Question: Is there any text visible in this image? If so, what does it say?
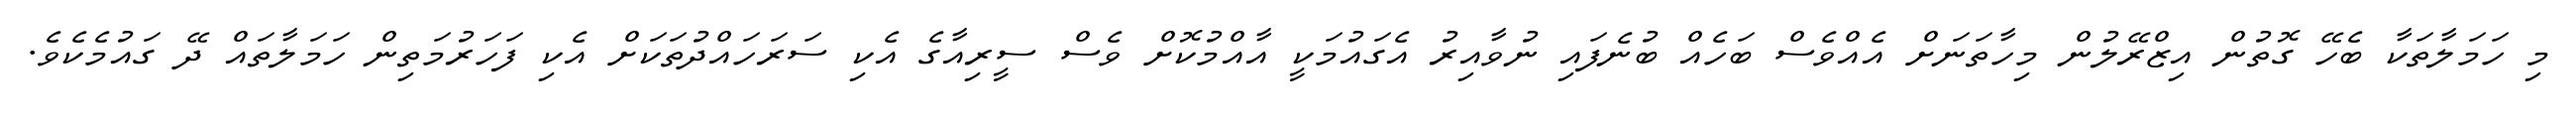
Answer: މި ހަމަލާތަކާ ބެހޭ ގޮތުން އިޒްރޭލުން މިހާތަނަށް އެއްވެސް ބަހެއް ބުނެފައި ނުވާއިރު އެގައުމަކީ އާއްމުކޮށް ވެސް ސީރިއާގެ އެކި ސަރަހައްދުތަކަށް އެކި ފަހަރުމަތިން ހަމަލާތައް ދޭ ގައުމެކެވެ.